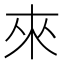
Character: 來